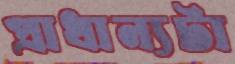
প্রাধান্যটা